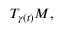
T _ { \gamma ( t ) } M ,